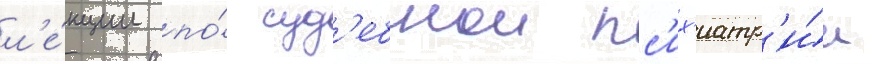
л'е́кции по́ суд'ебнои пс'их'иатр'и́и